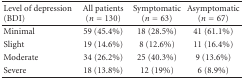
| Level of depression (BDI) | All patients(n = 130) | Symptomatic (n = 63) | Asymptomatic(n = 67) |
 | --- | --- | --- | --- |
 | Minimal | 59 (45.4%) | 18 (28.5%) | 41 (61.1%) |
 | Slight | 19 (14.6%) | 8 (12.6%) | 11 (16.4%) |
 | Moderate | 34 (26.2%) | 25 (40.3%) | 9 (13.6%) |
 | Severe | 18 (13.8%) | 12 (19%) | 6 (8.9%) |